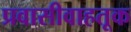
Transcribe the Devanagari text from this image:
प्रवासीवाहतूक